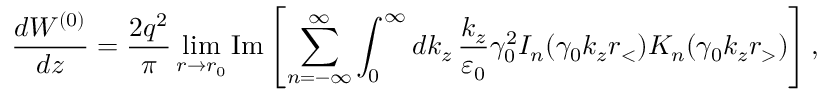
\frac { d W ^ { ( 0 ) } } { d z } = \frac { 2 q ^ { 2 } } { \pi } \operatorname* { l i m } _ { r \rightarrow r _ { 0 } } \mathrm { I m } \left[ \sum _ { n = - \infty } ^ { \infty } \int _ { 0 } ^ { \infty } d k _ { z } \, \frac { k _ { z } } { \varepsilon _ { 0 } } \gamma _ { 0 } ^ { 2 } I _ { n } ( \gamma _ { 0 } k _ { z } r _ { < } ) K _ { n } ( \gamma _ { 0 } k _ { z } r _ { > } ) \right] ,